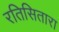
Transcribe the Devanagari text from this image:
रतिसितारा